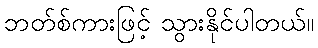
ဘတ်စ်ကားဖြင့် သွားနိုင်ပါတယ်။